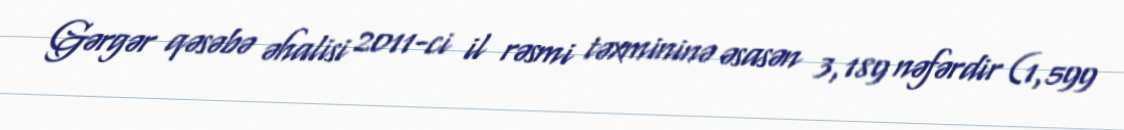
Gərgər qəsəbə əhalisi 2011-ci il rəsmi təxmininə əsasən 3,189 nəfərdir (1,599